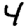
Digit: 4